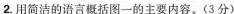
2.用简洁的语言概括图一的主要内容。(3分)